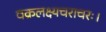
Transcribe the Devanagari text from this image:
वक्रलक्ष्यचराचरः।